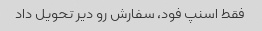
فقط اسنپ فود، سفارش رو دیر تحویل داد